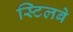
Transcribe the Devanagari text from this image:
स्टिलबे